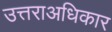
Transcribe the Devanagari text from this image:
उत्तराअधिकार